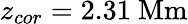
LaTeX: z_{cor}=2.31\ \mathrm{Mm}